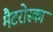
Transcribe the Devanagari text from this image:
मैटरोस्का